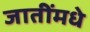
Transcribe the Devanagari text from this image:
जातींमधे